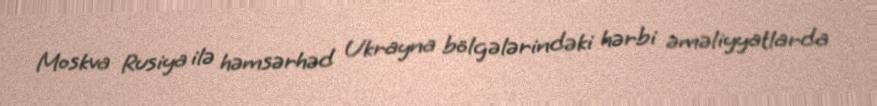
Moskva Rusiya ilə həmsərhəd Ukrayna bölgələrindəki hərbi əməliyyatlarda